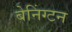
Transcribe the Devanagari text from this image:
बेनिंग्टन